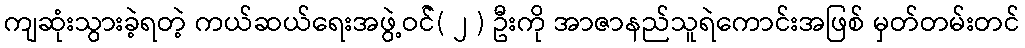
ကျဆုံးသွားခဲ့ရတဲ့ ကယ်ဆယ်ရေးအဖွဲ့ဝင််( ၂ ) ဦးကို အာဇာနည်သူရဲကောင်းအဖြစ် မှတ်တမ်းတင်